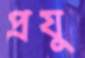
প্রযু